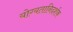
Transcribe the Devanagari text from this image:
योग्यतानिदर्शक